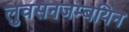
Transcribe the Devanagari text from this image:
लुवसनजम्बयिन